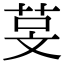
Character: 𬜰